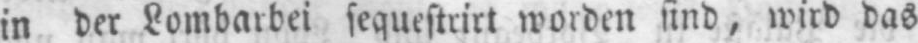
in der Lombarbei sequestrirt worden sind, wird das